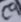
Text: C9